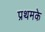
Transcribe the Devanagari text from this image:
प्रथमके